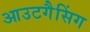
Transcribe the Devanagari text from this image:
आउटगैसिंग